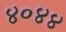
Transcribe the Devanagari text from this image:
४०४४